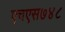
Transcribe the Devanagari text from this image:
एचएस७४८